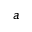
a